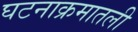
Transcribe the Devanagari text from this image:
घटनाक्रमातली